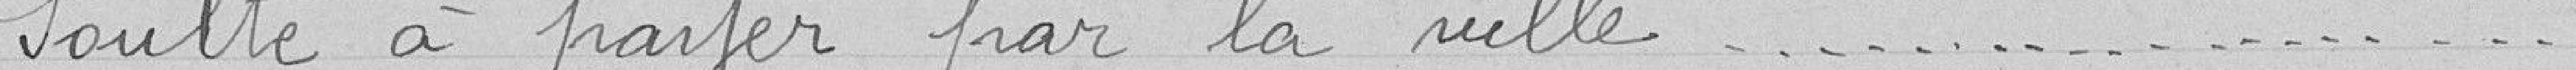
soulte à payer par la ville = 87,75